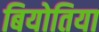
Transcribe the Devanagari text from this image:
बियोतिया